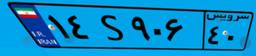
۱۴S۹۰۶۴۰